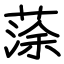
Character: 蒤